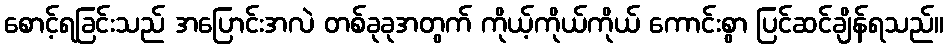
စောင့်ရခြင်းသည် အပြောင်းအလဲ တစ်ခုခုအတွက် ကိုယ့်ကိုယ်ကိုယ် ကောင်းစွာ ပြင်ဆင်ချိန်ရသည်။